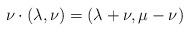
LaTeX: \begin{align*} \nu \cdot (\lambda,\nu) = (\lambda+\nu,\mu-\nu)\end{align*}